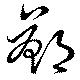
鄭